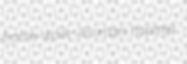
frame-work Ahriman hoptree